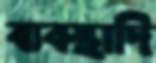
ব্যবস্থাদি